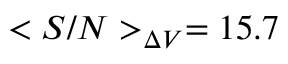
< S / N > _ { \Delta V } = 1 5 . 7